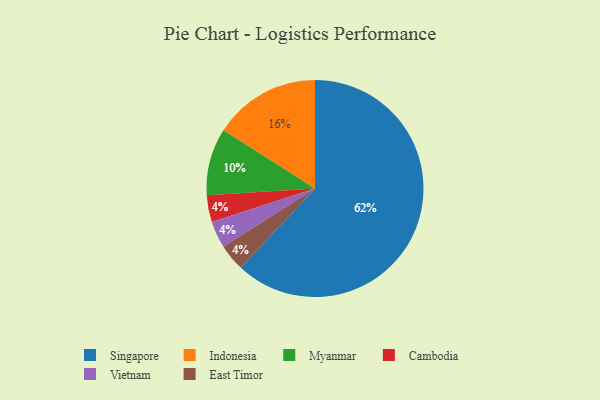
{"axis": {"x": "Category", "y": "Percentage"}, "legend": ["Cambodia", "East Timor", "Indonesia", "Myanmar", "Singapore", "Vietnam"], "data": [{"x": "Cambodia", "y": 4, "type": "Cambodia"}, {"x": "Indonesia", "y": 16, "type": "Indonesia"}, {"x": "Singapore", "y": 62, "type": "Singapore"}, {"x": "Vietnam", "y": 4, "type": "Vietnam"}, {"x": "Myanmar", "y": 10, "type": "Myanmar"}, {"x": "East Timor", "y": 4, "type": "East Timor"}]}